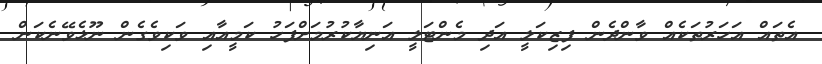
އެތައް އަހަރުތަކެއް ވާންދެން ފިޒިކަލީ އަދި މެންޓަލީ އަނިޔާކުރުމަށްފަހު ކަމީއާއި ވަކިވެގެން ނޫޅެވޭނެކަން